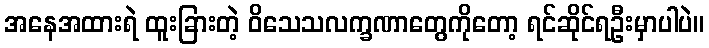
အနေအထားရဲ ထူးခြားတဲ့ ဝိသေသလက္ခဏာတွေကိုတော့ ရင်ဆိုင်ရဦးမှာပါပဲ။